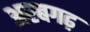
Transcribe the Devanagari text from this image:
अरबगढ़